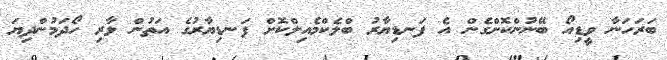
ބަރަހަނާ ވީޑިއޯ ބޭނުންކޮށްގެން އެ ފަނޑިޔާރު ބްލެކްމެއިލްކޮށް ފަނޑިޔާރުގެ އަތުން ލާރި ހޯދަމުންދިޔަ